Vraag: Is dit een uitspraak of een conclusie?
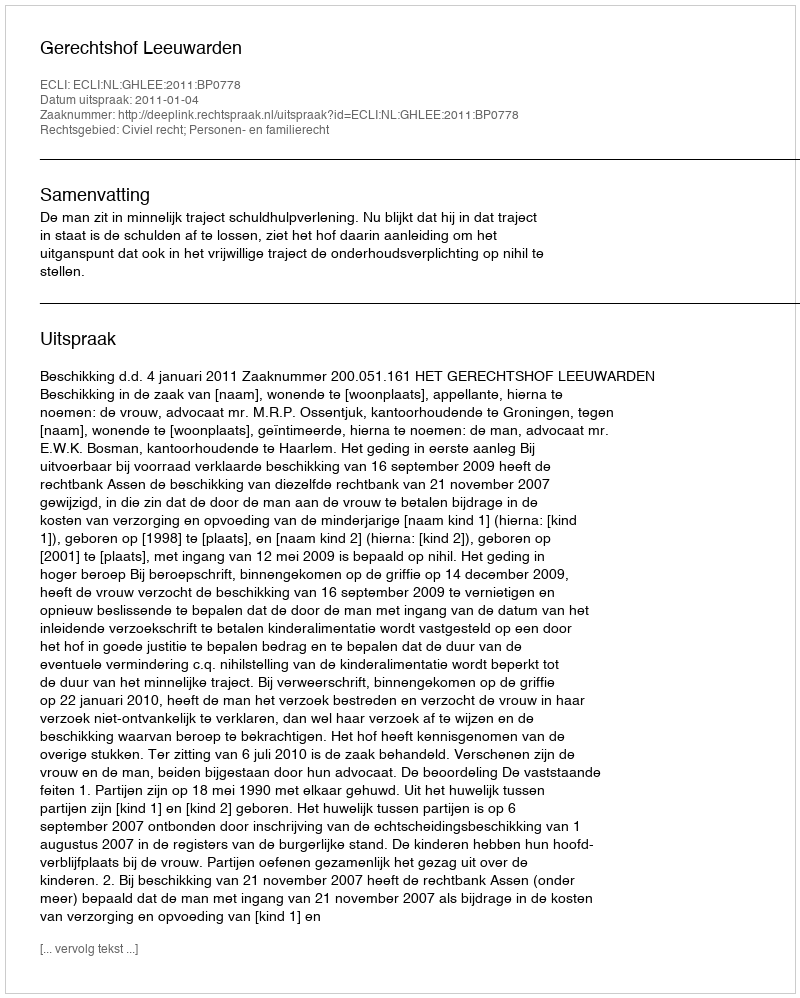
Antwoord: Uitspraak